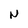
Character: N